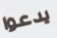
يدعوا